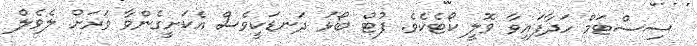
ސިސްޓަމް ހަދާފައިވާ ވޮލީ ކޯޓެކެވެ. ފުޓް ބޯޅަ ދަނޑަކީވެސް އެކަށީގެންވާ ވަރަށް ލެވެލް